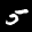
Label: 5